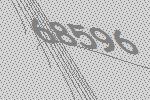
68596